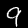
Digit: 9